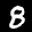
Label: 8